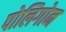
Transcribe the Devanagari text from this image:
पोलिगोन